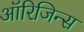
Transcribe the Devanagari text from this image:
ऑरिजिन्स